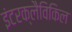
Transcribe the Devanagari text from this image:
इंटरक्लैविकिल